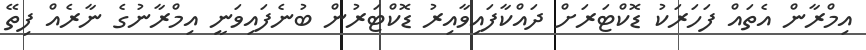
އިމްރާން އެތައް ފަހަރަކު ޑޮކްޓަރަށް ދައްކާފައިވާއިރު ޑޮކްޓަރުން ބުނެފައިވަނީ އިމްރާނުގެ ނާރެއް ފިތޭ